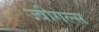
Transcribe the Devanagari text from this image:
ज्वीगल्स